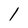
Character: 1